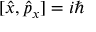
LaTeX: [ { \hat { x } } , { \hat { p } } _ { x } ] = i \hbar